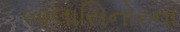
બાલાસિનોરના